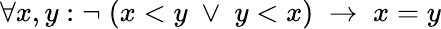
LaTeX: \forall x,y:\neg\; (x<y\; \vee\; y<x)\; \to\; x=y